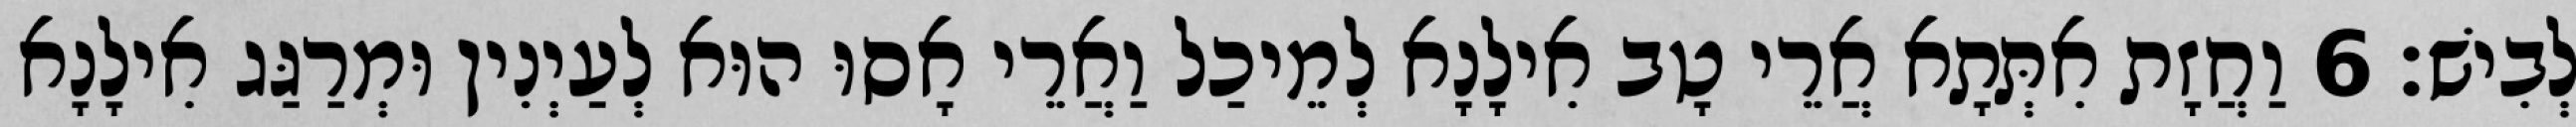
לְבִישׁ׃ 6 וַחֲזָת אִתְּתָא אֲרֵי טָב אִילָנָא לְמֵיכַל וַאֲרֵי אָסוּ הוּא לְעַיְנִין וּמְרַגַּג אִילָנָא